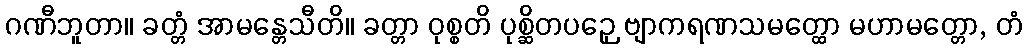
ဂဏီဘူတာ။ ခတ္တံ အာမန္တေသီတိ။ ခတ္တာ ဝုစ္စတိ ပုစ္ဆိတပဉှေ ဗျာကရဏသမတ္ထော မဟာမတ္တော, တံ